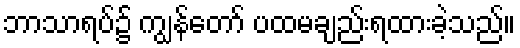
ဘာသာရပ်၌ ကျွန်တော် ပထမချည်းရထားခဲ့သည်။